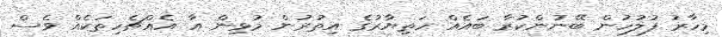
މިހާރު ފުލުހުން ބޭނުންކުރާ ބައެއް ހަތިޔާރުގެ އިތުރުން މުޅިން އާ އެއްޗެހިތަކެއް ވެސް